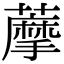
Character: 藦